Vaccination in Bombay 1863-1868 - 1863-1868
Year: 1863
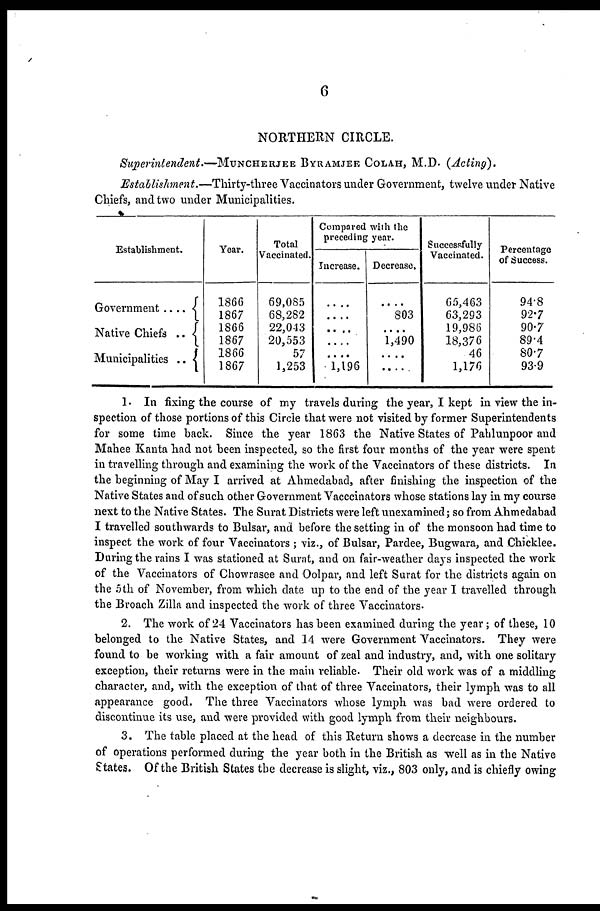
6
NORTHERN CIRCLE.
Superintendent.—MUNCHERJEE BYRAMJEE COLAH , M.D. (Acting).
Establishment.—Thirty-three Vaccinators under Government, twelve under Native
Chiefs, and two under Municipalities.
Establishment.
Government ....
Native Chiefs
..
Municipalities ..
Year.
1866
1867
1866
1867
1866
1867
Total
Vaccinated.
69,085
68,282
22,043
20,553
57
1,253
Compared with the
preceding year.
Increase.
....
....
....
....
....
1,196
Decrease.
....
803
....
1,490
....
....
Successfully
Vaccinated.
65,463
63,293
19,986
18,376
46
1,176
Percentage
of Success.
94.8
92.7
90.7
89.4
80.7
93.9
1. In fixing the course of my travels during the year, I kept in view the in-
spection of those portions of this Circle that were not visited by former Superintendents
for some time back. Since the year 1863 the Native States of Pahlunpoor and
Mahee Kanta had not been inspected, so the first four months of the year were spent
in travelling through and examining the work of the Vaccinators of these districts. In
the beginning of May I arrived at Ahmedabad, after finishing the inspection of the
Native States and of such other Government Vacccinators whose stations lay in my course
next to the Native States. The Surat Districts were left unexamined; so from Ahmedabad
I travelled southwards to Bulsar, and before the setting in of the monsoon had time to
inspect the work of four Vaccinators ; viz., of Bulsar, Pardee, Bugwara, and Chicklee.
During the rains I was stationed at Surat, and on fair-weather days inspected the work
of the Vaccinators of Chowrasee and Oolpar, and left Surat for the districts again on
the 5th of November, from which date up to the end of the year I travelled through
the Broach Zilla and inspected the work of three Vaccinators.
2. The work of 24 Vaccinators has been examined during the year; of these, 10
belonged to the Native States, and 14 were Government Vaccinators. They were
found to be working with a fair amount of zeal and industry, and, with one solitary
exception, their returns were in the main reliable. Their old work was of a middling
character, and, with the exception of that of three Vaccinators, their lymph was to all
appearance good. The three Vaccinators whose lymph was bad were ordered to
discontinue its use, and were provided with good lymph from their neighbours.
3. The table placed at the head of this Return shows a decrease in the number
of operations performed during the year both in the British as well as in the Native
States. Of the British States the decrease is slight, viz., 803 only, and is chiefly owing